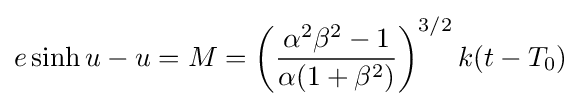
e\sinh u-u=M=\left({\frac {\alpha ^{2}\beta ^{2}-1}{\alpha (1+\beta ^{2})}}\right)^{3/2}k(t-T_{0})